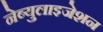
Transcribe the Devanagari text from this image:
नेब्युलाइजेशन